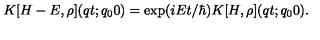
K [ H - E , \rho ] ( q t ; q _ { 0 } 0 ) = \exp ( i E t / \hbar ) K [ H , \rho ] ( q t ; q _ { 0 } 0 ) .